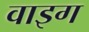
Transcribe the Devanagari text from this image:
वाइग